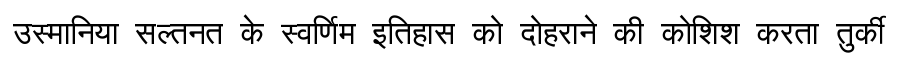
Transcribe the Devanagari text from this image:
उस्मानिया सल्तनत के स्वर्णिम इतिहास को दोहराने की कोशिश करता तुर्की